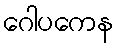
ဂေါပကေန